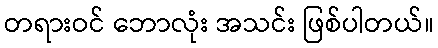
တရားဝင် ဘောလုံး အသင်း ဖြစ်ပါတယ်။